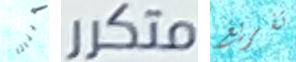
هيناتا متكرر تفريغ